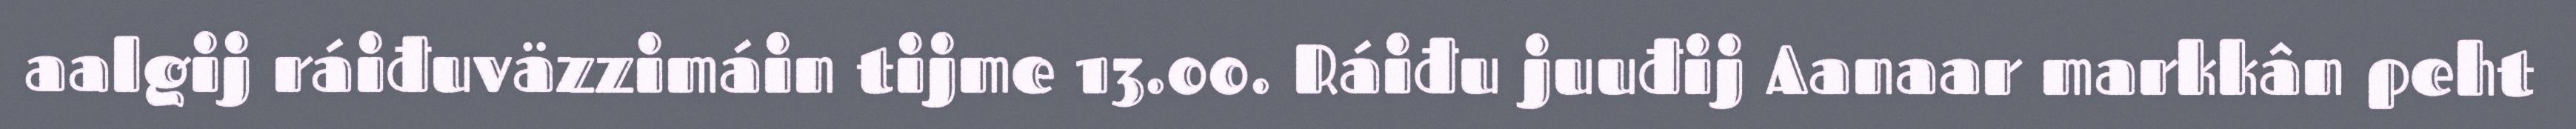
aalgij ráiđuväzzimáin tijme 13.00. Ráiđu juuđij Aanaar markkân peht